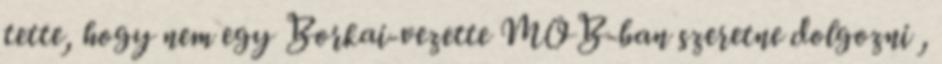
tette, hogy nem egy Borkai-vezette MOB-ban szeretne dolgozni ,